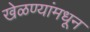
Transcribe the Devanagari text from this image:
खेळण्यांमधून